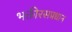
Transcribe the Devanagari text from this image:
भक्तीरसप्रधान